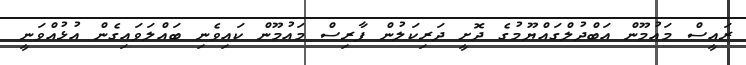
ރައީސް މައުމޫން އަބްދުލްގައްޔޫމުގެ ދޮށީ ދަރިކަލުން ފާރިސް މައުމޫން ކައިވެނި ބައްލަވައިގެން އުޅުއްވަނީ